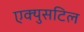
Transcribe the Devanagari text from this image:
एक्युसटिल